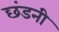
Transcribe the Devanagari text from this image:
छंडनी